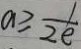
a \geq \frac { 1 } { 2 e }